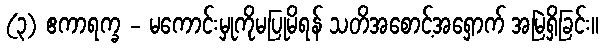
(၃) ဧကာရက္ခ - မကောင်းမှုကိုမပြုမိရန် သတိအစောင့်အရှောက် အမြဲရှိခြင်း။